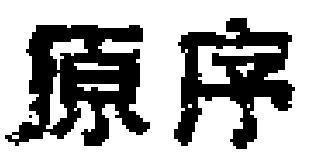
原序